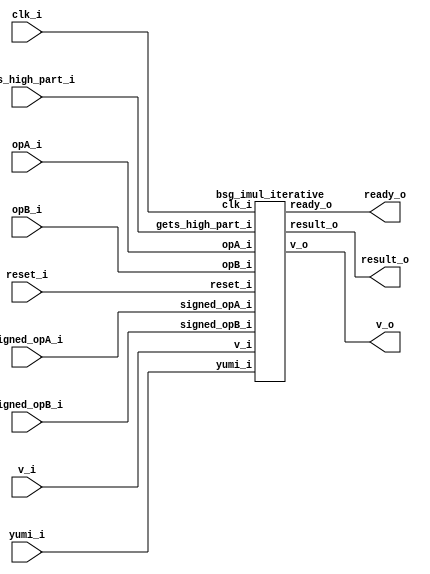


module top
(
  clk_i,
  reset_i,
  v_i,
  ready_o,
  opA_i,
  signed_opA_i,
  opB_i,
  signed_opB_i,
  gets_high_part_i,
  v_o,
  result_o,
  yumi_i
);

  input [31:0] opA_i;
  input [31:0] opB_i;
  output [31:0] result_o;
  input clk_i;
  input reset_i;
  input v_i;
  input signed_opA_i;
  input signed_opB_i;
  input gets_high_part_i;
  input yumi_i;
  output ready_o;
  output v_o;

  bsg_imul_iterative
  wrapper
  (
    .opA_i(opA_i),
    .opB_i(opB_i),
    .result_o(result_o),
    .clk_i(clk_i),
    .reset_i(reset_i),
    .v_i(v_i),
    .signed_opA_i(signed_opA_i),
    .signed_opB_i(signed_opB_i),
    .gets_high_part_i(gets_high_part_i),
    .yumi_i(yumi_i),
    .ready_o(ready_o),
    .v_o(v_o)
  );


endmodule



module bsg_imul_iterative
(
  clk_i,
  reset_i,
  v_i,
  ready_o,
  opA_i,
  signed_opA_i,
  opB_i,
  signed_opB_i,
  gets_high_part_i,
  v_o,
  result_o,
  yumi_i
);

  input [31:0] opA_i;
  input [31:0] opB_i;
  output [31:0] result_o;
  input clk_i;
  input reset_i;
  input v_i;
  input signed_opA_i;
  input signed_opB_i;
  input gets_high_part_i;
  input yumi_i;
  output ready_o;
  output v_o;
  wire ready_o,v_o,N0,N1,N2,N3,N4,N5,N6,N7,N8,N9,N10,N11,N12,N13,N14,N15,N16,N17,N18,
  N19,N20,N21,N22,N23,N24,N25,N26,shift_counter_full,N27,N28,N29,N30,N31,N32,N33,
  N34,N35,N36,N37,N38,N39,N40,N41,N42,N43,N44,N45,N46,N47,N48,N49,N50,N51,N52,N53,
  N54,N55,N56,N57,N58,N59,N60,N61,N62,N63,N64,N65,N66,N67,N68,N69,N70,N71,N72,N73,
  N74,N75,N76,N77,N78,N79,N80,N81,N82,N83,N84,N85,N86,N87,N88,N89,N90,N91,N92,N93,
  N94,N95,N96,N97,N98,N99,N100,N101,N102,N103,N104,N105,N106,N107,N108,N109,N110,
  N111,N112,N113,N114,N115,N116,N117,N118,N119,N120,N121,N122,N123,N124,N125,N126,
  N127,N128,N129,N130,N131,N132,N133,N134,N135,N136,N137,N138,N139,N140,N141,N142,
  N143,N144,N145,N146,N147,N148,N149,N150,N151,N152,N153,N154,N155,N156,N157,N158,
  N159,N160,N161,N162,N163,N164,N165,N166,adder_neg_op,N167,latch_input,signed_opA,
  signed_opB,N168,N169,N170,N171,N172,N173,N174,N175,N176,N177,N178,N179,N180,N181,
  N182,N183,N184,N185,N186,N187,N188,N189,N190,N191,N192,N193,N194,N195,N196,N197,
  N198,N199,N200,N201,N202,N203,N204,N205,N206,N207,N208,N209,N210,N211,N212,N213,
  N214,N215,N216,N217,N218,N219,N220,N221,N222,N223,N224,N225,N226,N227,N228,N229,
  N230,N231,N232,N233,N234,N235,N236,N237,N238,N239,N240,N241,N242,N243,N244,N245,
  N246,N247,N248,N249,N250,N251,N252,N253,N254,N255,N256,N257,N258,N259,N260,N261,
  N262,N263,N264,N265,N266,N267,N268,N269,N270,N271,N272,N273,N274,N275,N276,N277,
  N278,N279,N280,N281,N282,N283,N284,N285,N286,N287,N288,N289,N290,N291,N292,N293,
  N294,N295,N296,N297,N298,N299,N300,N301,N302,N303,N304,N305,N306,N307,N308,N309,
  shifted_lsb,N310,N311,N312,N313,N314,N315,N316,N317,N318,N319,N320,N321,N322,N323,
  N324,N325,N326,N327,N328,N329,N330,N331,N332,N333,N334,N335,N336,N337,N338,N339,
  N340,N341,N342,N343,N344,N345,N346,N347,N348,N349,N350,N351,N352,N353,N354,N355,
  N356,N357,N358,N359,N360,N361,N362,N363,N364,N365,N366,N367,N368,N369,N370,N371,
  N372,N373,N374,N375,N376,N377,N378,N379,N380,N381,N382,N383,N384,N385,N386,N387,
  N388,N389,N390,N391,N392,N393,N394,N395,N396,N397,N398,N399,N400,N401,N402,N403,
  N404,N405,N406,N407,N408,N409,N410,N411,N412,N413,N414,N415,N416,N417,N418,N419,
  N420,N421,N422,N423,N424,N425,N426,N427,N428,N429,N430,N431,N432,N433,N434,N435,
  N436,N437,N438,N439,N440,N441,N442,N443,N444,N445,N446,N447,N448,N449,N450,N451,
  N453,N454,N455,N456,N457,N458,N459,N460,N461,N462,N463,N464,N465,N466,N467,N468,
  N469,N470,N471,N472,N473,N474,N475,N476,N477,N478,N479,N480,N481,N482,N483,N484,
  N485,N486,N487,N488,N489,N490,N491,N492,N493,N494,N495,N496,N497,N498,N499,N500,
  N501,N502,N503,N504,N505,N506,N507,N509,N510,N511,N512,N513,N514,N515,N516,N517,
  N518,N519,N520,N521,N522,N523,N524,N525,N526,N527,N528,N529;
  wire [2:0] next_state;
  wire [31:0] adder_a,adder_b;
  wire [32:0] adder_result;
  reg [2:0] curr_state_r;
  reg [5:0] shift_counter_r;
  reg signed_opA_r,signed_opB_r,need_neg_result_r,gets_high_part_r,all_sh_lsb_zero_r;
  reg [31:0] opA_r,opB_r,result_o;
  assign N27 = N448 & N453;
  assign N28 = N27 & N449;
  assign N29 = curr_state_r[2] | curr_state_r[1];
  assign N30 = N29 | N449;
  assign N32 = curr_state_r[2] | N453;
  assign N33 = N32 | curr_state_r[0];
  assign N35 = curr_state_r[2] | N453;
  assign N36 = N35 | N449;
  assign N38 = N448 | curr_state_r[1];
  assign N39 = N38 | curr_state_r[0];
  assign N41 = N448 | curr_state_r[1];
  assign N42 = N41 | N449;
  assign N44 = curr_state_r[2] & curr_state_r[1];
  assign N416 = reset_i | latch_input;
  assign N417 = reset_i | latch_input;
  assign N418 = reset_i | latch_input;
  assign N419 = reset_i | latch_input;
  assign N420 = reset_i | latch_input;
  assign N421 = reset_i | latch_input;
  assign N422 = reset_i | latch_input;
  assign N423 = reset_i | latch_input;
  assign N424 = reset_i | latch_input;
  assign N425 = reset_i | latch_input;
  assign N426 = reset_i | latch_input;
  assign N427 = reset_i | latch_input;
  assign N428 = reset_i | latch_input;
  assign N429 = reset_i | latch_input;
  assign N430 = reset_i | latch_input;
  assign N431 = reset_i | latch_input;
  assign N432 = reset_i | latch_input;
  assign N433 = reset_i | latch_input;
  assign N434 = reset_i | latch_input;
  assign N435 = reset_i | latch_input;
  assign N436 = reset_i | latch_input;
  assign N437 = reset_i | latch_input;
  assign N438 = reset_i | latch_input;
  assign N439 = reset_i | latch_input;
  assign N440 = reset_i | latch_input;
  assign N441 = reset_i | latch_input;
  assign N442 = reset_i | latch_input;
  assign N443 = reset_i | latch_input;
  assign N444 = reset_i | latch_input;
  assign N445 = reset_i | latch_input;
  assign N446 = reset_i | latch_input;
  assign N447 = reset_i | latch_input;
  assign N448 = ~curr_state_r[2];
  assign N449 = ~curr_state_r[0];
  assign N450 = curr_state_r[1] | N448;
  assign N451 = N449 | N450;
  assign v_o = ~N451;
  assign N453 = ~curr_state_r[1];
  assign N454 = N453 | curr_state_r[2];
  assign N455 = N449 | N454;
  assign N456 = ~N455;
  assign N457 = N453 | curr_state_r[2];
  assign N458 = N449 | N457;
  assign N459 = ~N458;
  assign N460 = N453 | curr_state_r[2];
  assign N461 = N449 | N460;
  assign N462 = ~N461;
  assign N463 = N453 | curr_state_r[2];
  assign N464 = N449 | N463;
  assign N465 = ~N464;
  assign N466 = curr_state_r[1] | curr_state_r[2];
  assign N467 = N449 | N466;
  assign N468 = ~N467;
  assign N469 = N453 | curr_state_r[2];
  assign N470 = N449 | N469;
  assign N471 = ~N470;
  assign N472 = N453 | curr_state_r[2];
  assign N473 = curr_state_r[0] | N472;
  assign N474 = ~N473;
  assign N475 = N453 | curr_state_r[2];
  assign N476 = N449 | N475;
  assign N477 = ~N476;
  assign N478 = curr_state_r[1] | N448;
  assign N479 = curr_state_r[0] | N478;
  assign N480 = ~N479;
  assign N481 = N453 | curr_state_r[2];
  assign N482 = N449 | N481;
  assign N483 = ~next_state[1];
  assign N484 = ~next_state[0];
  assign N485 = N483 | next_state[2];
  assign N486 = N484 | N485;
  assign N487 = ~N486;
  assign N488 = curr_state_r[1] | N448;
  assign N489 = curr_state_r[0] | N488;
  assign N490 = ~N489;
  assign N491 = curr_state_r[1] | curr_state_r[2];
  assign N492 = N449 | N491;
  assign N493 = ~N492;
  assign N494 = N453 | curr_state_r[2];
  assign N495 = curr_state_r[0] | N494;
  assign N496 = ~N495;
  assign N497 = curr_state_r[1] | N448;
  assign N498 = curr_state_r[0] | N497;
  assign N499 = ~N498;
  assign N500 = N453 | curr_state_r[2];
  assign N501 = curr_state_r[0] | N500;
  assign N502 = ~N501;
  assign N503 = curr_state_r[1] | curr_state_r[2];
  assign N504 = N449 | N503;
  assign N505 = ~N504;
  assign N506 = curr_state_r[1] | curr_state_r[2];
  assign N507 = curr_state_r[0] | N506;
  assign ready_o = ~N507;
  assign N509 = ~shift_counter_r[4];
  assign N510 = ~shift_counter_r[3];
  assign N511 = ~shift_counter_r[2];
  assign N512 = ~shift_counter_r[1];
  assign N513 = ~shift_counter_r[0];
  assign N514 = N509 | shift_counter_r[5];
  assign N515 = N510 | N514;
  assign N516 = N511 | N515;
  assign N517 = N512 | N516;
  assign N518 = N513 | N517;
  assign N519 = ~N518;
  assign N520 = ~shift_counter_r[5];
  assign N521 = shift_counter_r[4] | N520;
  assign N522 = shift_counter_r[3] | N521;
  assign N523 = shift_counter_r[2] | N522;
  assign N524 = shift_counter_r[1] | N523;
  assign N525 = shift_counter_r[0] | N524;
  assign N526 = ~N525;
  assign adder_result = adder_a + adder_b;
  assign { N58, N57, N56, N55, N54, N53 } = shift_counter_r + 1'b1;
  assign shift_counter_full = (N0)? N519 : 
                              (N1)? N526 : 1'b0;
  assign N0 = gets_high_part_r;
  assign N1 = N26;
  assign next_state = (N2)? { 1'b0, 1'b0, v_i } : 
                      (N3)? { 1'b0, 1'b1, 1'b0 } : 
                      (N4)? { 1'b0, 1'b1, 1'b1 } : 
                      (N5)? { shift_counter_full, N45, N45 } : 
                      (N6)? { 1'b1, 1'b0, 1'b1 } : 
                      (N7)? { N46, 1'b0, N46 } : 
                      (N8)? { 1'b0, 1'b0, 1'b0 } : 1'b0;
  assign N2 = N28;
  assign N3 = N31;
  assign N4 = N34;
  assign N5 = N37;
  assign N6 = N40;
  assign N7 = N43;
  assign N8 = N44;
  assign N59 = (N9)? 1'b1 : 
               (N67)? 1'b1 : 
               (N51)? 1'b0 : 1'b0;
  assign N9 = N49;
  assign { N65, N64, N63, N62, N61, N60 } = (N9)? { 1'b0, 1'b0, 1'b0, 1'b0, 1'b0, 1'b0 } : 
                                            (N67)? { N58, N57, N56, N55, N54, N53 } : 1'b0;
  assign adder_a = (N10)? { N71, N72, N73, N74, N75, N76, N77, N78, N79, N80, N81, N82, N83, N84, N85, N86, N87, N88, N89, N90, N91, N92, N93, N94, N95, N96, N97, N98, N99, N100, N101, N102 } : 
                   (N11)? { N103, N104, N105, N106, N107, N108, N109, N110, N111, N112, N113, N114, N115, N116, N117, N118, N119, N120, N121, N122, N123, N124, N125, N126, N127, N128, N129, N130, N131, N132, N133, N134 } : 
                   (N12)? { N135, N136, N137, N138, N139, N140, N141, N142, N143, N144, N145, N146, N147, N148, N149, N150, N151, N152, N153, N154, N155, N156, N157, N158, N159, N160, N161, N162, N163, N164, N165, N166 } : 
                   (N70)? result_o : 1'b0;
  assign N10 = N505;
  assign N11 = N502;
  assign N12 = N490;
  assign adder_b = (N13)? { 1'b0, 1'b0, 1'b0, 1'b0, 1'b0, 1'b0, 1'b0, 1'b0, 1'b0, 1'b0, 1'b0, 1'b0, 1'b0, 1'b0, 1'b0, 1'b0, 1'b0, 1'b0, 1'b0, 1'b0, 1'b0, 1'b0, 1'b0, 1'b0, 1'b0, 1'b0, 1'b0, 1'b0, 1'b0, 1'b0, 1'b0, 1'b1 } : 
                   (N14)? opA_r : 1'b0;
  assign N13 = adder_neg_op;
  assign N14 = N167;
  assign N174 = (N15)? 1'b1 : 
                (N16)? 1'b1 : 
                (N173)? 1'b0 : 1'b0;
  assign N15 = N170;
  assign N16 = N171;
  assign { N206, N205, N204, N203, N202, N201, N200, N199, N198, N197, N196, N195, N194, N193, N192, N191, N190, N189, N188, N187, N186, N185, N184, N183, N182, N181, N180, N179, N178, N177, N176, N175 } = (N15)? { opA_r[30:0], 1'b0 } : 
                                                                                                                                                                                                              (N16)? adder_result[31:0] : 1'b0;
  assign N207 = (N17)? 1'b1 : 
                (N18)? N174 : 1'b0;
  assign N17 = latch_input;
  assign N18 = N169;
  assign { N239, N238, N237, N236, N235, N234, N233, N232, N231, N230, N229, N228, N227, N226, N225, N224, N223, N222, N221, N220, N219, N218, N217, N216, N215, N214, N213, N212, N211, N210, N209, N208 } = (N17)? opA_i : 
                                                                                                                                                                                                              (N18)? { N206, N205, N204, N203, N202, N201, N200, N199, N198, N197, N196, N195, N194, N193, N192, N191, N190, N189, N188, N187, N186, N185, N184, N183, N182, N181, N180, N179, N178, N177, N176, N175 } : 1'b0;
  assign N243 = (N19)? 1'b1 : 
                (N20)? 1'b1 : 
                (N242)? 1'b0 : 1'b0;
  assign N19 = N459;
  assign N20 = N240;
  assign { N275, N274, N273, N272, N271, N270, N269, N268, N267, N266, N265, N264, N263, N262, N261, N260, N259, N258, N257, N256, N255, N254, N253, N252, N251, N250, N249, N248, N247, N246, N245, N244 } = (N19)? { 1'b0, opB_r[31:1] } : 
                                                                                                                                                                                                              (N20)? adder_result[31:0] : 1'b0;
  assign N276 = (N17)? 1'b1 : 
                (N18)? N243 : 1'b0;
  assign { N308, N307, N306, N305, N304, N303, N302, N301, N300, N299, N298, N297, N296, N295, N294, N293, N292, N291, N290, N289, N288, N287, N286, N285, N284, N283, N282, N281, N280, N279, N278, N277 } = (N17)? opB_i : 
                                                                                                                                                                                                              (N18)? { N275, N274, N273, N272, N271, N270, N269, N268, N267, N266, N265, N264, N263, N262, N261, N260, N259, N258, N257, N256, N255, N254, N253, N252, N251, N250, N249, N248, N247, N246, N245, N244 } : 1'b0;
  assign shifted_lsb = (N21)? adder_result[0] : 
                       (N309)? result_o[0] : 1'b0;
  assign N21 = opB_r[0];
  assign { N350, N349, N348, N347, N346, N345, N344, N343, N342, N341, N340, N339, N338, N337, N336, N335, N334, N333, N332, N331, N330, N329, N328, N327, N326, N325, N324, N323, N322, N321, N320, N319 } = (N22)? { N135, N136, N137, N138, N139, N140, N141, N142, N143, N144, N145, N146, N147, N148, N149, N150, N151, N152, N153, N154, N155, N156, N157, N158, N159, N160, N161, N162, N163, N164, N165, N166 } : 
                                                                                                                                                                                                              (N318)? adder_result[31:0] : 1'b0;
  assign N22 = N317;
  assign { N382, N381, N380, N379, N378, N377, N376, N375, N374, N373, N372, N371, N370, N369, N368, N367, N366, N365, N364, N363, N362, N361, N360, N359, N358, N357, N356, N355, N354, N353, N352, N351 } = (N0)? adder_result[32:1] : 
                                                                                                                                                                                                              (N1)? adder_result[31:0] : 1'b0;
  assign N383 = (N23)? 1'b1 : 
                (N24)? 1'b1 : 
                (N25)? gets_high_part_r : 
                (N316)? 1'b0 : 1'b0;
  assign N23 = N311;
  assign N24 = N312;
  assign N25 = N313;
  assign { N415, N414, N413, N412, N411, N410, N409, N408, N407, N406, N405, N404, N403, N402, N401, N400, N399, N398, N397, N396, N395, N394, N393, N392, N391, N390, N389, N388, N387, N386, N385, N384 } = (N23)? { N350, N349, N348, N347, N346, N345, N344, N343, N342, N341, N340, N339, N338, N337, N336, N335, N334, N333, N332, N331, N330, N329, N328, N327, N326, N325, N324, N323, N322, N321, N320, N319 } : 
                                                                                                                                                                                                              (N24)? { N382, N381, N380, N379, N378, N377, N376, N375, N374, N373, N372, N371, N370, N369, N368, N367, N366, N365, N364, N363, N362, N361, N360, N359, N358, N357, N356, N355, N354, N353, N352, N351 } : 
                                                                                                                                                                                                              (N25)? { 1'b0, result_o[31:1] } : 1'b0;
  assign N26 = ~gets_high_part_r;
  assign N31 = ~N30;
  assign N34 = ~N33;
  assign N37 = ~N36;
  assign N40 = ~N39;
  assign N43 = ~N42;
  assign N45 = ~shift_counter_full;
  assign N46 = ~yumi_i;
  assign N47 = ~reset_i;
  assign N48 = N47;
  assign N49 = N482 & N487;
  assign N50 = N465 | N49;
  assign N51 = ~N50;
  assign N52 = N48 & N67;
  assign N66 = ~N49;
  assign N67 = N465 & N66;
  assign N68 = N502 | N505;
  assign N69 = N490 | N68;
  assign N70 = ~N69;
  assign N71 = ~opA_r[31];
  assign N72 = ~opA_r[30];
  assign N73 = ~opA_r[29];
  assign N74 = ~opA_r[28];
  assign N75 = ~opA_r[27];
  assign N76 = ~opA_r[26];
  assign N77 = ~opA_r[25];
  assign N78 = ~opA_r[24];
  assign N79 = ~opA_r[23];
  assign N80 = ~opA_r[22];
  assign N81 = ~opA_r[21];
  assign N82 = ~opA_r[20];
  assign N83 = ~opA_r[19];
  assign N84 = ~opA_r[18];
  assign N85 = ~opA_r[17];
  assign N86 = ~opA_r[16];
  assign N87 = ~opA_r[15];
  assign N88 = ~opA_r[14];
  assign N89 = ~opA_r[13];
  assign N90 = ~opA_r[12];
  assign N91 = ~opA_r[11];
  assign N92 = ~opA_r[10];
  assign N93 = ~opA_r[9];
  assign N94 = ~opA_r[8];
  assign N95 = ~opA_r[7];
  assign N96 = ~opA_r[6];
  assign N97 = ~opA_r[5];
  assign N98 = ~opA_r[4];
  assign N99 = ~opA_r[3];
  assign N100 = ~opA_r[2];
  assign N101 = ~opA_r[1];
  assign N102 = ~opA_r[0];
  assign N103 = ~opB_r[31];
  assign N104 = ~opB_r[30];
  assign N105 = ~opB_r[29];
  assign N106 = ~opB_r[28];
  assign N107 = ~opB_r[27];
  assign N108 = ~opB_r[26];
  assign N109 = ~opB_r[25];
  assign N110 = ~opB_r[24];
  assign N111 = ~opB_r[23];
  assign N112 = ~opB_r[22];
  assign N113 = ~opB_r[21];
  assign N114 = ~opB_r[20];
  assign N115 = ~opB_r[19];
  assign N116 = ~opB_r[18];
  assign N117 = ~opB_r[17];
  assign N118 = ~opB_r[16];
  assign N119 = ~opB_r[15];
  assign N120 = ~opB_r[14];
  assign N121 = ~opB_r[13];
  assign N122 = ~opB_r[12];
  assign N123 = ~opB_r[11];
  assign N124 = ~opB_r[10];
  assign N125 = ~opB_r[9];
  assign N126 = ~opB_r[8];
  assign N127 = ~opB_r[7];
  assign N128 = ~opB_r[6];
  assign N129 = ~opB_r[5];
  assign N130 = ~opB_r[4];
  assign N131 = ~opB_r[3];
  assign N132 = ~opB_r[2];
  assign N133 = ~opB_r[1];
  assign N134 = ~opB_r[0];
  assign N135 = ~result_o[31];
  assign N136 = ~result_o[30];
  assign N137 = ~result_o[29];
  assign N138 = ~result_o[28];
  assign N139 = ~result_o[27];
  assign N140 = ~result_o[26];
  assign N141 = ~result_o[25];
  assign N142 = ~result_o[24];
  assign N143 = ~result_o[23];
  assign N144 = ~result_o[22];
  assign N145 = ~result_o[21];
  assign N146 = ~result_o[20];
  assign N147 = ~result_o[19];
  assign N148 = ~result_o[18];
  assign N149 = ~result_o[17];
  assign N150 = ~result_o[16];
  assign N151 = ~result_o[15];
  assign N152 = ~result_o[14];
  assign N153 = ~result_o[13];
  assign N154 = ~result_o[12];
  assign N155 = ~result_o[11];
  assign N156 = ~result_o[10];
  assign N157 = ~result_o[9];
  assign N158 = ~result_o[8];
  assign N159 = ~result_o[7];
  assign N160 = ~result_o[6];
  assign N161 = ~result_o[5];
  assign N162 = ~result_o[4];
  assign N163 = ~result_o[3];
  assign N164 = ~result_o[2];
  assign N165 = ~result_o[1];
  assign N166 = ~result_o[0];
  assign adder_neg_op = N527 | N499;
  assign N527 = N493 | N496;
  assign N167 = ~adder_neg_op;
  assign latch_input = v_i & ready_o;
  assign signed_opA = signed_opA_i & opA_i[31];
  assign signed_opB = signed_opB_i & opB_i[31];
  assign N168 = signed_opA ^ signed_opB;
  assign N169 = ~latch_input;
  assign N170 = N471 & N26;
  assign N171 = N468 & signed_opA_r;
  assign N172 = N171 | N170;
  assign N173 = ~N172;
  assign N240 = N474 & signed_opB_r;
  assign N241 = N240 | N459;
  assign N242 = ~N241;
  assign N309 = ~opB_r[0];
  assign N310 = all_sh_lsb_zero_r & N528;
  assign N528 = ~shifted_lsb;
  assign N311 = N480 & need_neg_result_r;
  assign N312 = N477 & opB_r[0];
  assign N313 = N462 & N134;
  assign N314 = N312 | N311;
  assign N315 = N313 | N314;
  assign N316 = ~N315;
  assign N317 = gets_high_part_r & N529;
  assign N529 = ~all_sh_lsb_zero_r;
  assign N318 = ~N317;

  always @(posedge clk_i) begin
    if(reset_i) begin
      { curr_state_r[2:0] } <= { 1'b0, 1'b0, 1'b0 };
    end else if(1'b1) begin
      { curr_state_r[2:0] } <= { next_state[2:0] };
    end 
    if(reset_i) begin
      { shift_counter_r[5:0] } <= { 1'b0, 1'b0, 1'b0, 1'b0, 1'b0, 1'b0 };
    end else if(N59) begin
      { shift_counter_r[5:0] } <= { N65, N64, N63, N62, N61, N60 };
    end 
    if(reset_i) begin
      signed_opA_r <= 1'b0;
      signed_opB_r <= 1'b0;
      need_neg_result_r <= 1'b0;
      gets_high_part_r <= 1'b0;
    end else if(latch_input) begin
      signed_opA_r <= signed_opA;
      signed_opB_r <= signed_opB;
      need_neg_result_r <= N168;
      gets_high_part_r <= gets_high_part_i;
    end 
    if(reset_i) begin
      { opA_r[31:0] } <= { 1'b0, 1'b0, 1'b0, 1'b0, 1'b0, 1'b0, 1'b0, 1'b0, 1'b0, 1'b0, 1'b0, 1'b0, 1'b0, 1'b0, 1'b0, 1'b0, 1'b0, 1'b0, 1'b0, 1'b0, 1'b0, 1'b0, 1'b0, 1'b0, 1'b0, 1'b0, 1'b0, 1'b0, 1'b0, 1'b0, 1'b0, 1'b0 };
    end else if(N207) begin
      { opA_r[31:0] } <= { N239, N238, N237, N236, N235, N234, N233, N232, N231, N230, N229, N228, N227, N226, N225, N224, N223, N222, N221, N220, N219, N218, N217, N216, N215, N214, N213, N212, N211, N210, N209, N208 };
    end 
    if(reset_i) begin
      { opB_r[31:0] } <= { 1'b0, 1'b0, 1'b0, 1'b0, 1'b0, 1'b0, 1'b0, 1'b0, 1'b0, 1'b0, 1'b0, 1'b0, 1'b0, 1'b0, 1'b0, 1'b0, 1'b0, 1'b0, 1'b0, 1'b0, 1'b0, 1'b0, 1'b0, 1'b0, 1'b0, 1'b0, 1'b0, 1'b0, 1'b0, 1'b0, 1'b0, 1'b0 };
    end else if(N276) begin
      { opB_r[31:0] } <= { N308, N307, N306, N305, N304, N303, N302, N301, N300, N299, N298, N297, N296, N295, N294, N293, N292, N291, N290, N289, N288, N287, N286, N285, N284, N283, N282, N281, N280, N279, N278, N277 };
    end 
    if(reset_i) begin
      all_sh_lsb_zero_r <= 1'b0;
    end else if(latch_input) begin
      all_sh_lsb_zero_r <= 1'b1;
    end else if(N456) begin
      all_sh_lsb_zero_r <= N310;
    end 
    if(N416) begin
      { result_o[31:31] } <= { 1'b0 };
    end else if(N383) begin
      { result_o[31:31] } <= { N415 };
    end 
    if(N447) begin
      { result_o[30:30] } <= { 1'b0 };
    end else if(N383) begin
      { result_o[30:30] } <= { N414 };
    end 
    if(N446) begin
      { result_o[29:29] } <= { 1'b0 };
    end else if(N383) begin
      { result_o[29:29] } <= { N413 };
    end 
    if(N445) begin
      { result_o[28:28] } <= { 1'b0 };
    end else if(N383) begin
      { result_o[28:28] } <= { N412 };
    end 
    if(N444) begin
      { result_o[27:27] } <= { 1'b0 };
    end else if(N383) begin
      { result_o[27:27] } <= { N411 };
    end 
    if(N443) begin
      { result_o[26:26] } <= { 1'b0 };
    end else if(N383) begin
      { result_o[26:26] } <= { N410 };
    end 
    if(N442) begin
      { result_o[25:25] } <= { 1'b0 };
    end else if(N383) begin
      { result_o[25:25] } <= { N409 };
    end 
    if(N441) begin
      { result_o[24:24] } <= { 1'b0 };
    end else if(N383) begin
      { result_o[24:24] } <= { N408 };
    end 
    if(N440) begin
      { result_o[23:23] } <= { 1'b0 };
    end else if(N383) begin
      { result_o[23:23] } <= { N407 };
    end 
    if(N439) begin
      { result_o[22:22] } <= { 1'b0 };
    end else if(N383) begin
      { result_o[22:22] } <= { N406 };
    end 
    if(N438) begin
      { result_o[21:21] } <= { 1'b0 };
    end else if(N383) begin
      { result_o[21:21] } <= { N405 };
    end 
    if(N437) begin
      { result_o[20:20] } <= { 1'b0 };
    end else if(N383) begin
      { result_o[20:20] } <= { N404 };
    end 
    if(N436) begin
      { result_o[19:19] } <= { 1'b0 };
    end else if(N383) begin
      { result_o[19:19] } <= { N403 };
    end 
    if(N435) begin
      { result_o[18:18] } <= { 1'b0 };
    end else if(N383) begin
      { result_o[18:18] } <= { N402 };
    end 
    if(N434) begin
      { result_o[17:17] } <= { 1'b0 };
    end else if(N383) begin
      { result_o[17:17] } <= { N401 };
    end 
    if(N433) begin
      { result_o[16:16] } <= { 1'b0 };
    end else if(N383) begin
      { result_o[16:16] } <= { N400 };
    end 
    if(N432) begin
      { result_o[15:15] } <= { 1'b0 };
    end else if(N383) begin
      { result_o[15:15] } <= { N399 };
    end 
    if(N431) begin
      { result_o[14:14] } <= { 1'b0 };
    end else if(N383) begin
      { result_o[14:14] } <= { N398 };
    end 
    if(N430) begin
      { result_o[13:13] } <= { 1'b0 };
    end else if(N383) begin
      { result_o[13:13] } <= { N397 };
    end 
    if(N429) begin
      { result_o[12:12] } <= { 1'b0 };
    end else if(N383) begin
      { result_o[12:12] } <= { N396 };
    end 
    if(N428) begin
      { result_o[11:11] } <= { 1'b0 };
    end else if(N383) begin
      { result_o[11:11] } <= { N395 };
    end 
    if(N427) begin
      { result_o[10:10] } <= { 1'b0 };
    end else if(N383) begin
      { result_o[10:10] } <= { N394 };
    end 
    if(N426) begin
      { result_o[9:9] } <= { 1'b0 };
    end else if(N383) begin
      { result_o[9:9] } <= { N393 };
    end 
    if(N425) begin
      { result_o[8:8] } <= { 1'b0 };
    end else if(N383) begin
      { result_o[8:8] } <= { N392 };
    end 
    if(N424) begin
      { result_o[7:7] } <= { 1'b0 };
    end else if(N383) begin
      { result_o[7:7] } <= { N391 };
    end 
    if(N423) begin
      { result_o[6:6] } <= { 1'b0 };
    end else if(N383) begin
      { result_o[6:6] } <= { N390 };
    end 
    if(N422) begin
      { result_o[5:5] } <= { 1'b0 };
    end else if(N383) begin
      { result_o[5:5] } <= { N389 };
    end 
    if(N421) begin
      { result_o[4:4] } <= { 1'b0 };
    end else if(N383) begin
      { result_o[4:4] } <= { N388 };
    end 
    if(N420) begin
      { result_o[3:3] } <= { 1'b0 };
    end else if(N383) begin
      { result_o[3:3] } <= { N387 };
    end 
    if(N419) begin
      { result_o[2:2] } <= { 1'b0 };
    end else if(N383) begin
      { result_o[2:2] } <= { N386 };
    end 
    if(N418) begin
      { result_o[1:1] } <= { 1'b0 };
    end else if(N383) begin
      { result_o[1:1] } <= { N385 };
    end 
    if(N417) begin
      { result_o[0:0] } <= { 1'b0 };
    end else if(N383) begin
      { result_o[0:0] } <= { N384 };
    end 
  end


endmodule